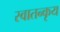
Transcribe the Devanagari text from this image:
स्वातन्कृय